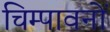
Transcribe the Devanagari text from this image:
चिम्पावनों